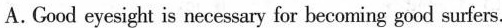
A.Good eyesight is necessary for beeoming goud surfers.